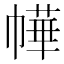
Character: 𭘲